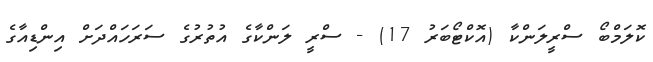
ކޮލަމްބޯ ސްރީލަންކާ (އޮކްޓޯބަރު 17) - ސްރީ ލަންކާގެ އުތުރުގެ ސަރަހައްދަށް އިންޑިއާގެ